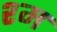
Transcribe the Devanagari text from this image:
श्म